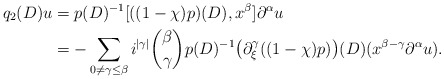
\begin{align*}q_2(D)u&= p(D)^{-1}[((1-\chi) p)(D),x^\beta]\partial^\alpha u\\&=-\sum_{0\not=\gamma\leq\beta}i^{|\gamma|}\binom{\beta}{\gamma}p(D)^{-1} \big(\partial^\gamma_\xi ((1-\chi)p)\big)(D)(x^{\beta-\gamma}\partial^\alpha u).\end{align*}